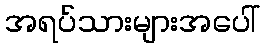
အရပ်သားများအပေါ်